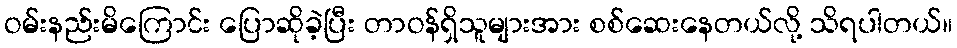
ဝမ်းနည်းမိကြောင်း ပြောဆိုခဲ့ပြီး တာဝန်ရှိသူများအား စစ်ဆေးနေတယ်လို့ သိရပါတယ်။